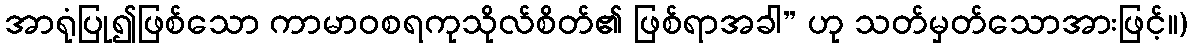
အာရုံပြု၍ဖြစ်သော ကာမာဝစရကုသိုလ်စိတ်၏ ဖြစ်ရာအခါ” ဟု သတ်မှတ်သောအားဖြင့်။)